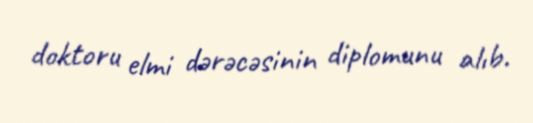
doktoru elmi dərəcəsinin diplomunu alıb.